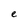
Character: e